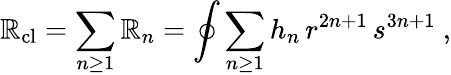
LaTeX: \mathbb{R}_{\mathrm{{cl}}}=\sum_{n\ge1}\mathbb{R}_{n}=\oint\sum_{n\ge1}h_{n}\, r^{2n+1}\, s^{3n+1}\ ,